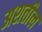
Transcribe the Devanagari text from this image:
अशतील